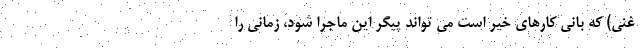
غنی) که بانی کارهای خیر است می تواند پیگر این ماجرا شود، زمانی را